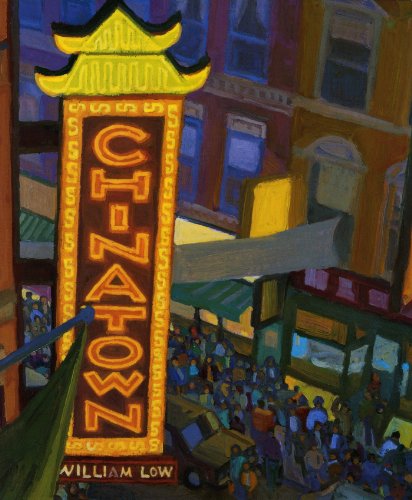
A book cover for Chinatown; Inc Cobalt Illustrations Studio; Children's Books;